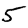
Digit: 5